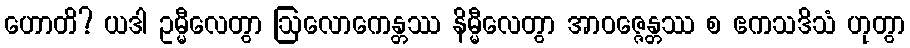
ဟောတိ? ယဒါ ဥမ္မီလေတွာ ဩလောကေန္တဿ နိမ္မီလေတွာ အာဝဇ္ဇေန္တဿ စ ဧကသဒိသံ ဟုတွာ